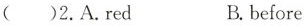
( )2.A.red B. before